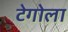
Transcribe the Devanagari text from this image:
टेगोला